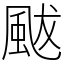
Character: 颰